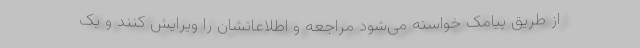
از طریق پیامک خواسته می‌شود مراجعه و اطلاعاتشان را ویرایش کنند و یک